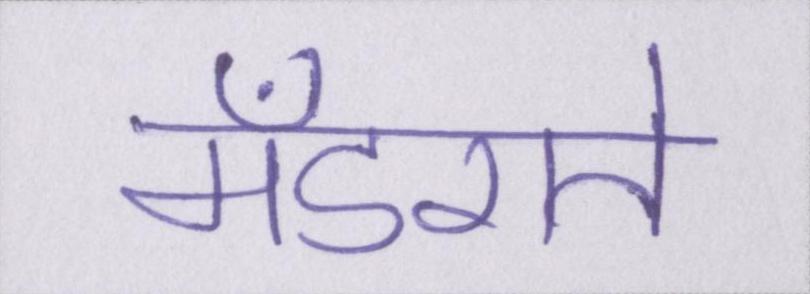
मँडराते